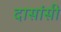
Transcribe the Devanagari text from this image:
दासांसी